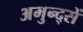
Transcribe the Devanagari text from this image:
अमुन्द्सें